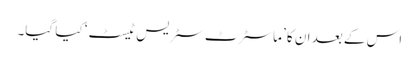
اس کے بعد ان کا ’ماسٹرٹ سٹریس ٹیسٹ‘ کیا گیا۔